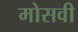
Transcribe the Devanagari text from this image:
मोसवी